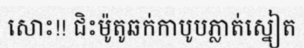
សោះ!! ជិះម៉ូតូឆក់កាបូបភ្លាត់ស្នៀត